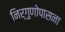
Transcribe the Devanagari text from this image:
निर्गुणोपासना